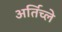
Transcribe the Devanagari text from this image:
अर्तिच्ले